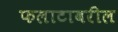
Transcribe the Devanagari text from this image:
फलाटावरील